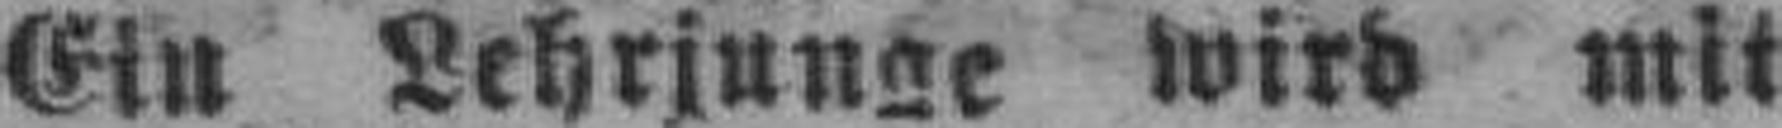
Ein Lehrjunge wird mit